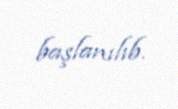
başlanılıb.